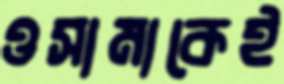
ওসামাকেই